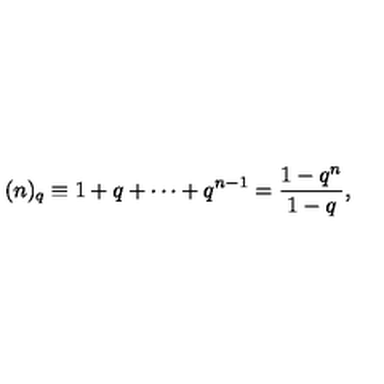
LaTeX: ( n ) _ { q } \equiv 1 + q + \cdots + q ^ { n - 1 } = \frac { 1 - q ^ { n } } { 1 - q } ,